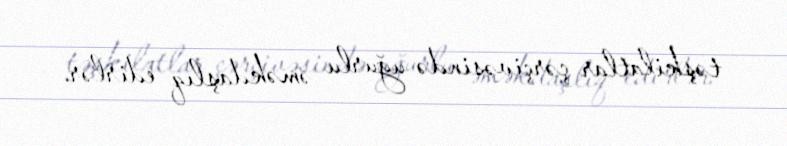
təşkilatlar çərçivəsində uğurlu əməkdaşlıq edirlər.